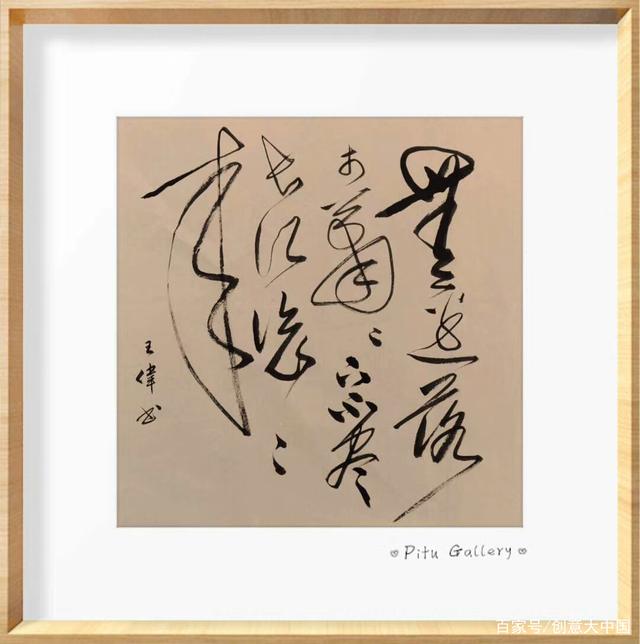
试问岭南应不好，却道此心安处是吾乡。